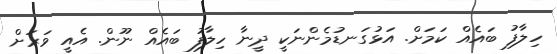
ހިލާފު ބައެއް ކަމަށް. އަޅުގަނޑުމެންނަކީ ދީނާ ހިލާފު ބައެއް ނޫން. އެއީ ވަރަށް